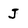
Character: J